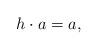
LaTeX: \begin{align*}h \cdot a = a,\end{align*}